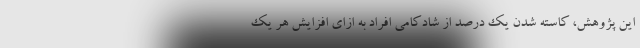
این پژوهش، کاسته شدن یک درصد از شادکامی افراد به ازای افزایش هر یک